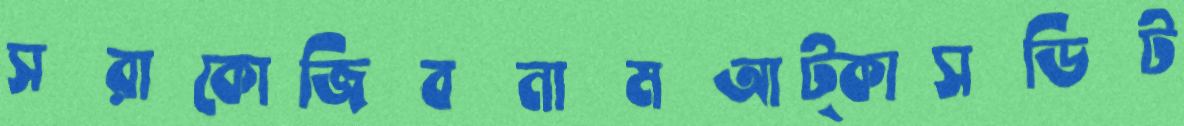
সরাকোজিবনামআট্‌কাসডিট